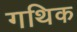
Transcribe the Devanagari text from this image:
गथिक